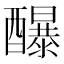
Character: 䤖